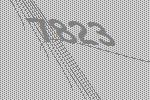
7823